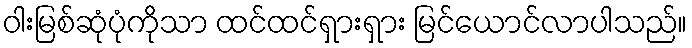
ဝါးမြစ်ဆုံပုံကိုသာ ထင်ထင်ရှားရှား မြင်ယောင်လာပါသည်။